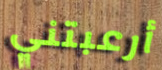
أرعبتني